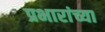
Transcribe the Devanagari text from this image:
प्रभारांच्या